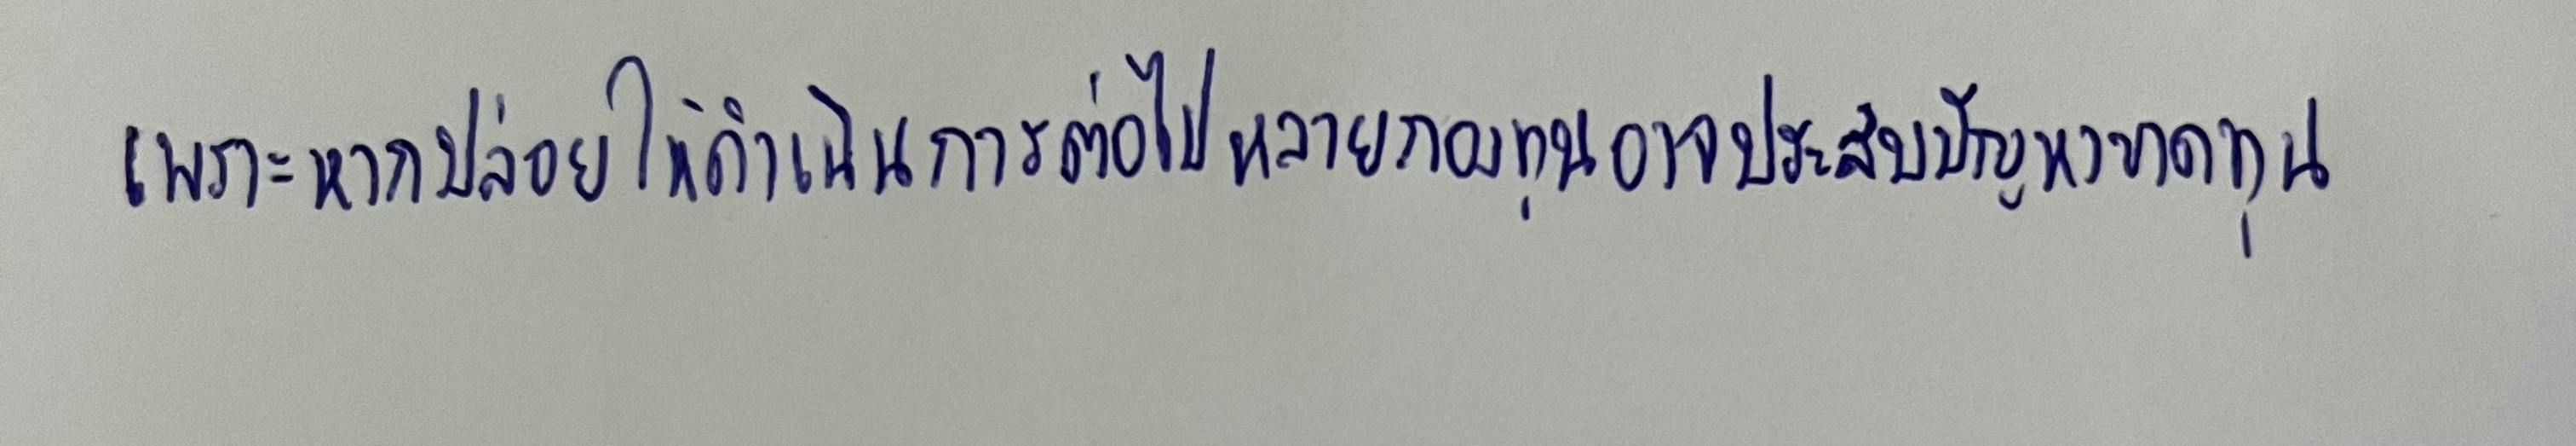
เพราะหากปล่อยให้ดำเนินการต่อไปหลายกองทุนอาจประสบปัญหาขาดทุน